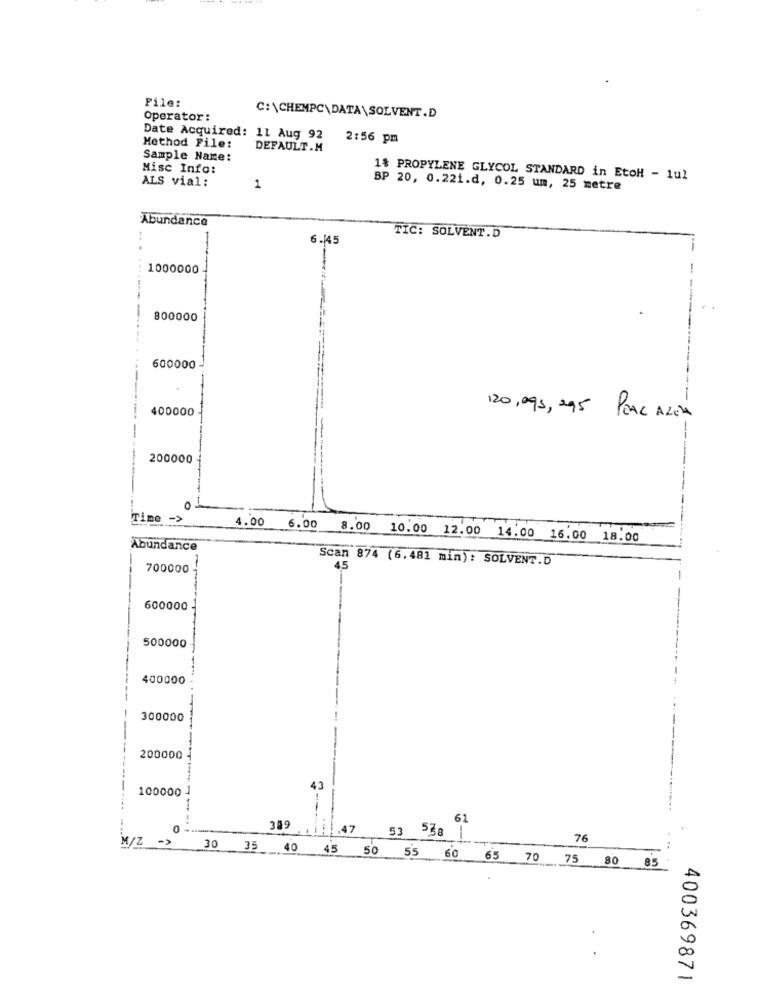
File:
Operator:
C:\CHEMPC\DATA\SOLVENT.D
Date Acquired: 11 Aug 92
2:56 pm
Method File:
DEFAULT.M
Sample Name:
Misc Info:
ALS vial:
1% PROPYLENE GLYCOL STANDARD in EtoH - 1ul
1
BP 20, 0.221.d, 0.25 um, 25 metre
Abundance
-
6.45
TIC: SOLVENT.D
...
1000000
800000
600000
400000
120,095, 295 PEAL ALEM
200000
0
Time
4.00 6.00
8.00 10.00 12.00 14.00 16.00 18.00
Abundance
Scan 874 (6.481 min): SOLVENT.D
700000
45
600000
500000
400000
300000
200000
100000
43
------.
61
0
319
.47
M/Z ->
53 538 |
76
30 35 40 45 50 55 60 65 70 75 80 85
400369871